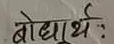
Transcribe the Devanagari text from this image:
बोधार्थ: